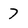
Character: 7